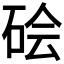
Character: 𬒊